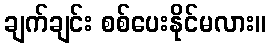
ချက်ချင်း စစ်ပေးနိုင်မလား။